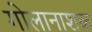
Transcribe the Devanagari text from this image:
गोलानाशक